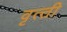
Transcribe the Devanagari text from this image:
वृत्‍ती